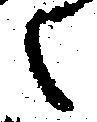
之